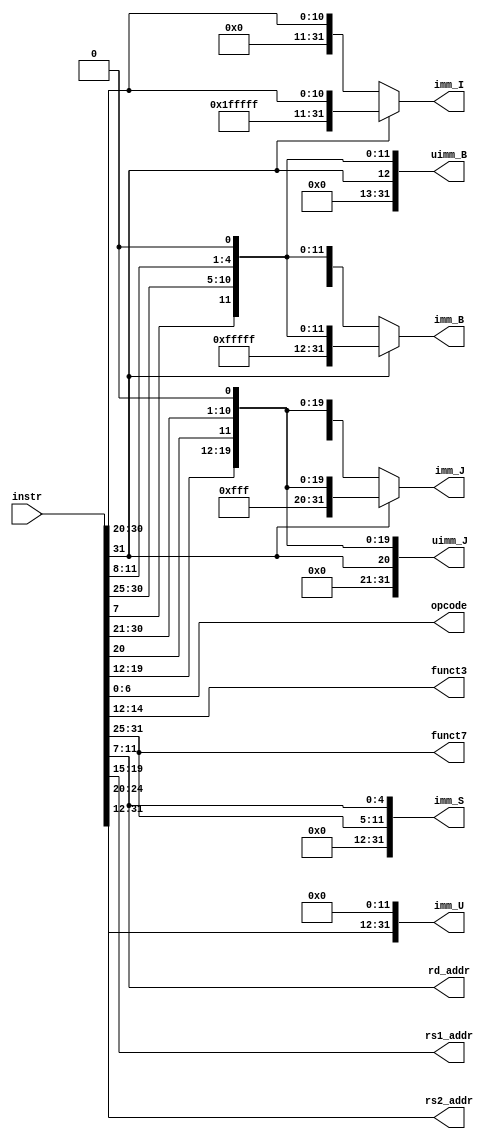
module main_decoder(
    input   wire    [31:0]  instr,
    output  wire    [6:0]   opcode,
    output  wire    [2:0]   funct3,
    output  wire    [6:0]   funct7,
    output  wire    [4:0]   rd_addr,
    output  wire    [4:0]   rs1_addr,
    output  wire    [4:0]   rs2_addr,
    output  wire    [31:0]  imm_I,
    output  wire    [31:0]  imm_S,
    output  wire    [31:0]  imm_B,
    output  wire    [31:0]  uimm_B,
    output  wire    [31:0]  imm_U,
    output  wire    [31:0]  imm_J,
    output  wire    [31:0]  uimm_J
);

    assign opcode   = instr[6:0];
    assign funct3   = instr[14:12];
    assign funct7   = instr[31:25];
    assign rd_addr  = instr[11:7];
    assign rs1_addr = instr[19:15];
    assign rs2_addr = instr[24:20];
    assign imm_I    = instr[31] ? {20'hfffff, instr[31:20]} 
                                : {20'h00000, instr[31:20]};
    assign imm_S   = {20'h00000, instr[31:25], instr[11:7]};
    assign imm_B    = instr[31] ? {16'hffff, 3'b111, instr[31], instr[7], instr[30:25], instr[11:8], 1'b0}
                                : {16'h0000, 3'b000, instr[31], instr[7], instr[30:25], instr[11:8], 1'b0};
    assign uimm_B   = {16'h0000, 3'b000, instr[31], instr[7], instr[30:25], instr[11:8], 1'b0};
    assign imm_U    = {instr[31:12], 12'h000};
    assign imm_J    = instr[31] ? {8'hff, 3'b111, instr[31], instr[19:12], instr[20], instr[30:21], 1'b0}
                                : {8'h00, 3'b000, instr[31], instr[19:12], instr[20], instr[30:21], 1'b0};
    assign uimm_J   = {8'h00, 3'b000, instr[31], instr[19:12], instr[20], instr[30:21], 1'b0};
endmodule